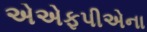
એએફપીએના